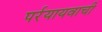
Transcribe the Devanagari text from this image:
पर्रयायवाची